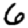
Digit: 6